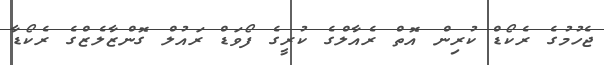
ޖެހުމުގެ ރެކޯޑް ކުރިން އޮތް ރެއާލްގެ ކުރީގެ ފޯވަޑް ރައުލް ގޮންޒާލެޒްގެ ރެކޯޑާ